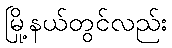
မြို့နယ်တွင်လည်း